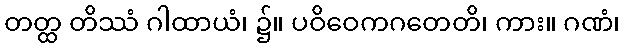
တတ္ထ တိဿံ ဂါထာယံ၊ ၌။ ပဝိဝေကဂတေတိ၊ ကား။ ဂဏံ၊